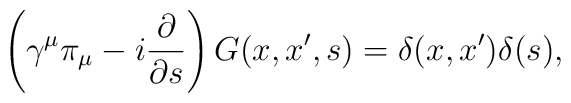
\left( \gamma ^\mu \pi _\mu -i\frac \partial {\partial s}\right)G(x,x^{\prime },s)=\delta (x,x^{\prime })\delta (s),